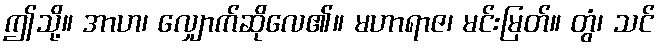
ဤသို့။ အာဟ၊ လျှောက်ဆိုလေ၏။ မဟာရာဇ၊ မင်းမြတ်။ တွံ၊ သင်